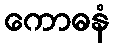
ကောဓနံ